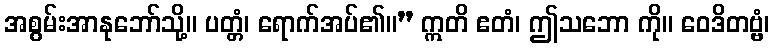
အစွမ်းအာနုဘော်သို့။ ပတ္တံ၊ ရောက်အပ်၏။” ဣတိ ဧတံ၊ ဤသဘော ကို။ ဝေဒိတဗ္ဗံ၊